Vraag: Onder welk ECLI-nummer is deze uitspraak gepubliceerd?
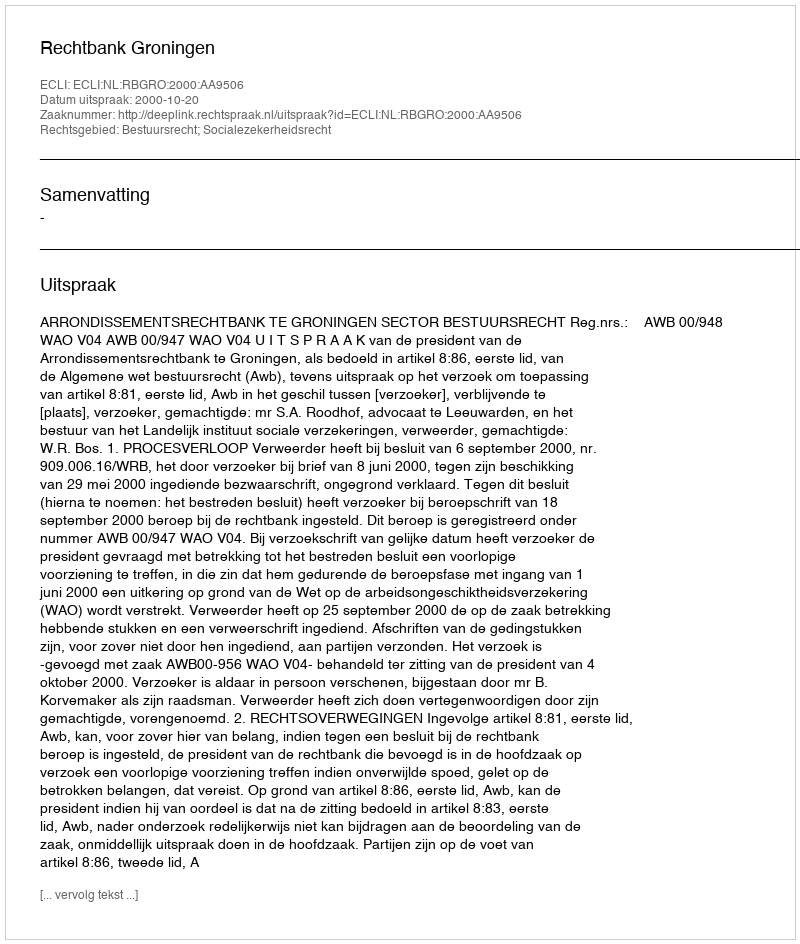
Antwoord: ECLI:NL:RBGRO:2000:AA9506